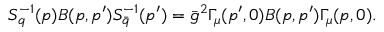
S _ { q } ^ { - 1 } ( p ) B ( p , p ^ { \prime } ) S _ { \bar { q } } ^ { - 1 } ( p ^ { \prime } ) = \bar { g } ^ { 2 } \Gamma _ { \mu } ( p ^ { \prime } , 0 ) B ( p , p ^ { \prime } ) \Gamma _ { \mu } ( p , 0 ) .